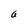
Character: a